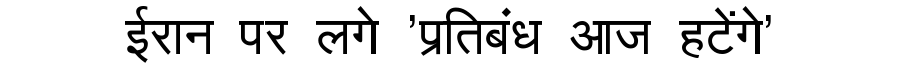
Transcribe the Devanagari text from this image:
ईरान पर लगे 'प्रतिबंध आज हटेंगे'